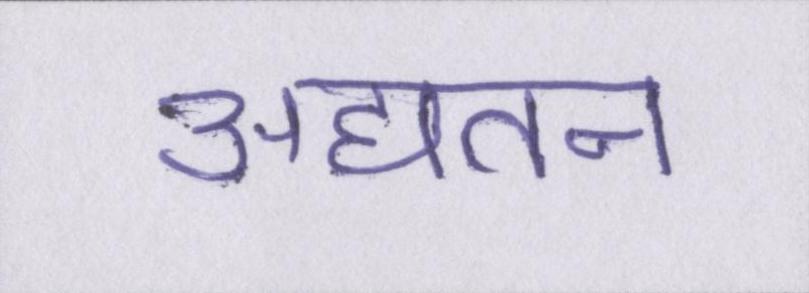
अद्यतन